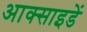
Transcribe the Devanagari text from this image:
आक्साइडें